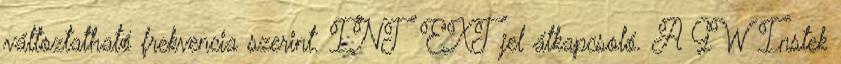
változtatható frekvencia szerint. INT EXT jel átkapcsoló. A GW Instek